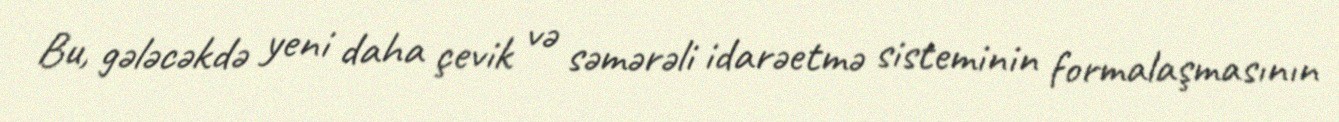
Bu, gələcəkdə yeni daha çevik və səmərəli idarəetmə sisteminin formalaşmasının